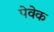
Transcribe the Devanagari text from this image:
पेवेक